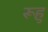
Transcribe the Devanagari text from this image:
रूहु